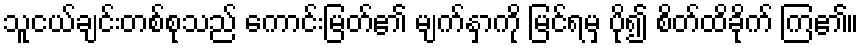
သူငယ်ချင်းတစ်စုသည် ကောင်းမြတ်၏ မျက်နှာကို မြင်ရမှ ပို၍ စိတ်ထိခိုက် ကြ၏။